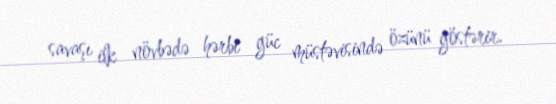
savaşı ilk növbədə hərbi güc müstəvisində özünü göstərir.